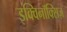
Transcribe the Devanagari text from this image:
इक्विनॉक्सिज़